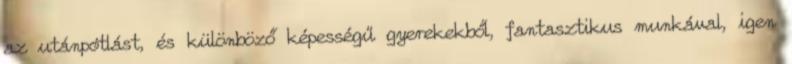
az utánpótlást, és különböző képességű gyerekekből, fantasztikus munkával, igen